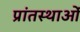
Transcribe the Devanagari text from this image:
प्रांतस्थाओं